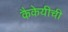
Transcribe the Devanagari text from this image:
कैकेयीची